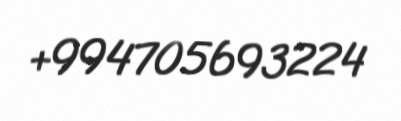
+994705693224